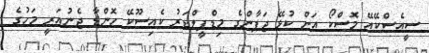
ސީއެސްކޭއޭ މޮސްކޯ އަށް ކުޅޭ ޖަޕާންގެ މިޑްފީލްޑަރު ކެއިސޫކޭ ހޮންޑާ ޖެނުއަރީ މަހުގެ